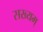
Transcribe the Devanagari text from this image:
सख्यम्